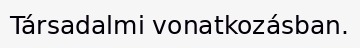
Társadalmi vonatkozásban.